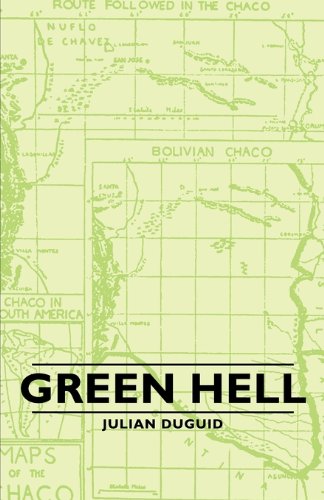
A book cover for Green Hell; Julian Duguid; Travel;